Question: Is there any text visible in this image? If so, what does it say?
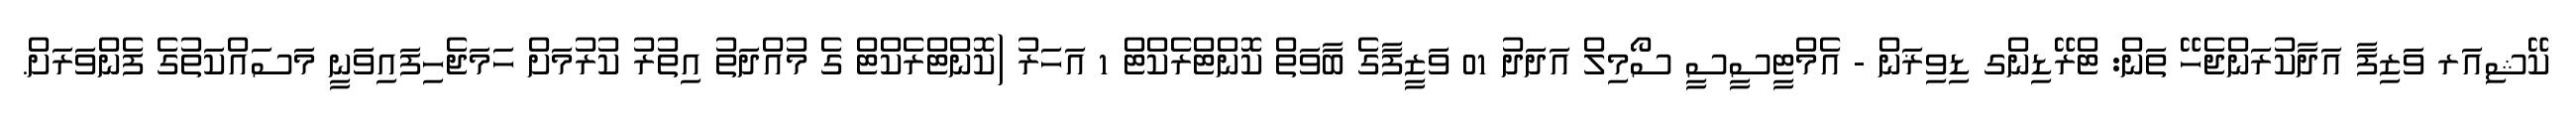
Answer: ކޭޝިއަރ ވަޒިފާ އަދާކުރަންޖެހޭ ތަން: ޓްރޭޑިންގ ޑިވިޜަން - އެމްޓީސީސީ ސޯމިލް އަދަދު 01 ވަޒީފާގެ ބާވަތް ކޮންޓްރެކްޓް 1 އަހަރު (ކޮންޓްރެކްޓް ގެ މުއްދަތު އިތުރު ކުރުމަށް ހަމަޖެހިފައިވަނީ މަސައްކަތުގެ ފެންވަރަށް.